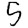
Digit: 5